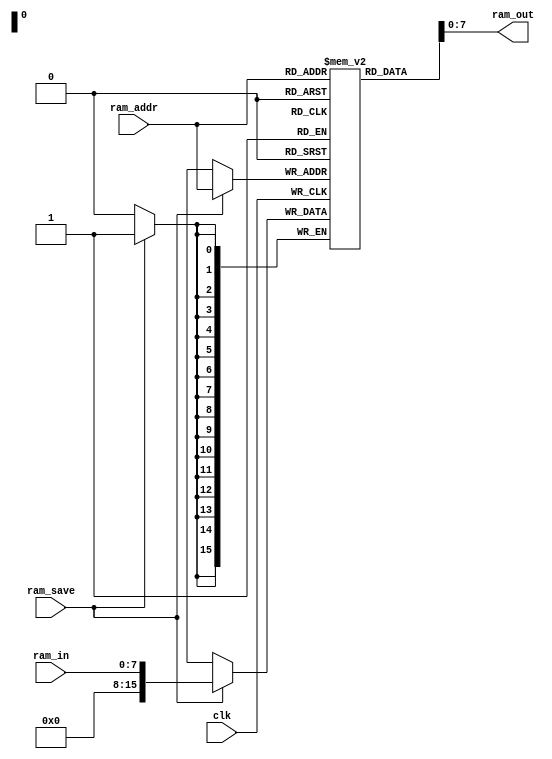
module GoofyRam (
	input clk,

	input ram_save,
	input [7:0] ram_in,
	output [7:0] ram_out,

	input [15:0] ram_addr
);
	reg [15:0] memory [0:16'hFFFF];

	assign ram_out = memory[ram_addr];

	always @(negedge clk) begin
		if (ram_save) begin
			memory[ram_addr] <= ram_in;
		end
	end

	initial begin
		`ifdef RAM
				$readmemh(`RAM, memory);
		`endif
    end
endmodule